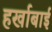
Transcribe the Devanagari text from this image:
हर्खाबाई